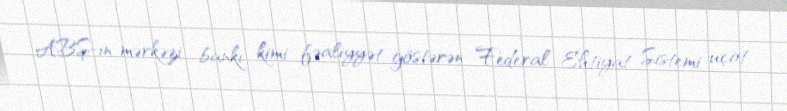
ABŞ-ın mərkəzi bankı kimi fəaliyyət göstərən Federal Ehtiyat Sistemi uçot